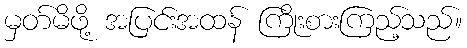
မှတ်မိဖို့ အပြင်းအထန် ကြိုးစားကြည့်သည်။